Language: tamil
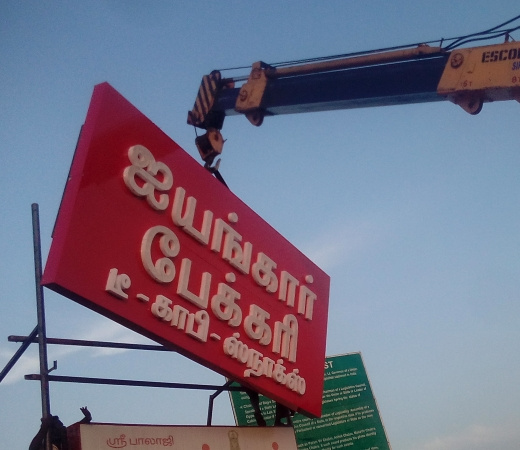
Transcription: ஐயங்காா் டீ ஸ்ரீபாலாஜி பேக்கரி காபி ஸ்நாக்ஸ்